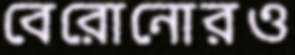
বেরোনোরও